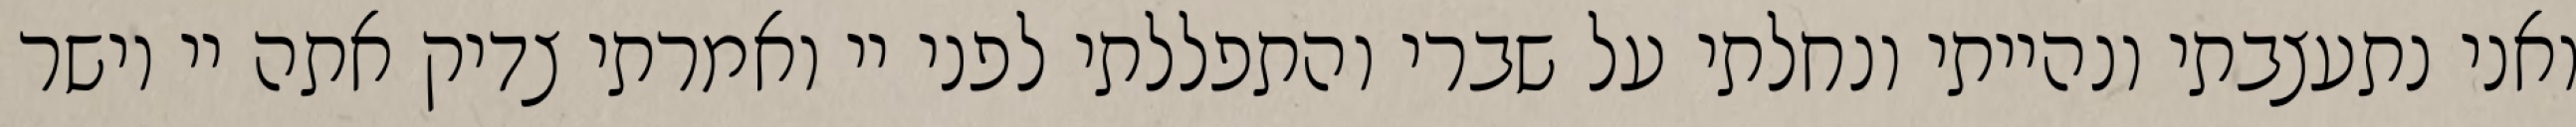
ואני נתעצבתי ונהייתי ונחלתי על שברי והתפללתי לפני יי ואמרתי צדיק אתה יי וישר